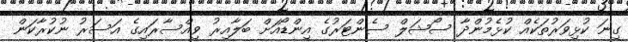
ގިނަ ކުޅިވަރުތަކެއް ކުޅެމުންދާ ސޯޝަލް ސެންޓަރުގެ އިންޑޯއަށް ބަލާއިރު ވިއްސާރައިގެ އަސަރު ނުކުރާކަން